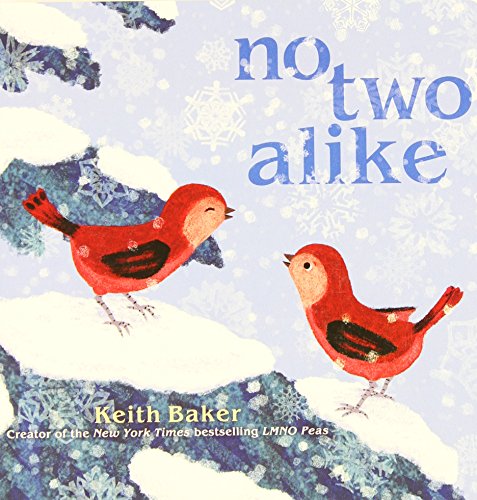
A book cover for No Two Alike (Classic Board Books); Keith Baker; Children's Books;